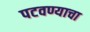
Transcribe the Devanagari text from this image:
पटवण्याचा